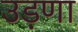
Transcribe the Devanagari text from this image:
उड़णा